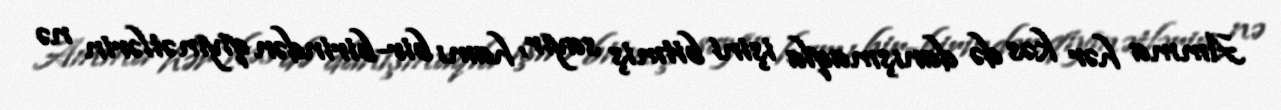
Amma hər kəs də danışmaqla işini bitmiş sayır, hamı bir-birindən qiymətlərin nə